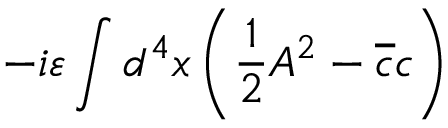
- i \varepsilon \int d ^ { 4 } x \left( \frac { 1 } { 2 } A ^ { 2 } - \overline { { { c } } } c \right)